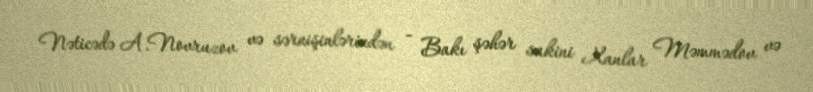
Nəticədə A.Novruzov və sərnişinlərindən - Bakı şəhər sakini Xanlar Məmmədov və